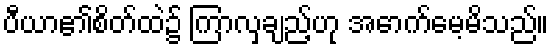
ပီယာ၏စိတ်ထဲ၌ ကြာလှချည့်ဟု အောက်မေ့မိသည်။